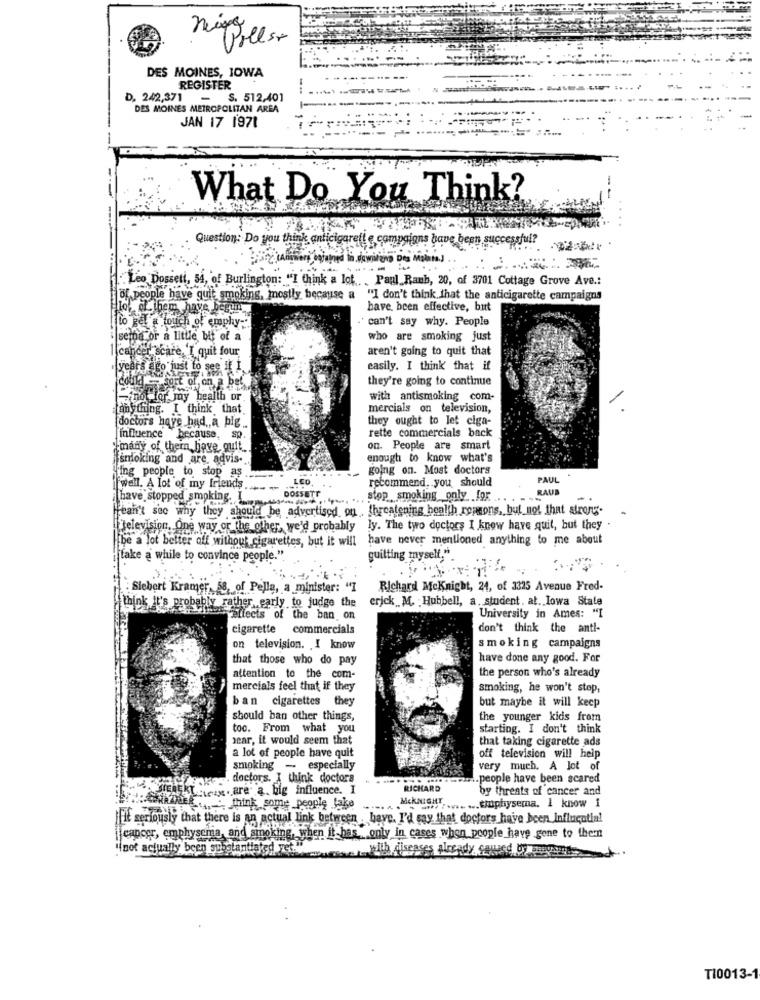
Pills+
DES MOINES, IOWA
REGISTER
D, 242,371 - S. 512,401
DES MOINES METROPOLITAN AREA
JAN 17 1971
What Do You Think?
Question: Do you think anticigarette campaigns have been successful?
.Leo Dosseti, 54, of Burlington: "I think a lot .. . Paul Raub, 20, of 3701 Cottage Grove Ave .:
of people have quit smoking, mostly because a "I don't think that the anticigarette campaigns
of them have bee
have been effective, but
to geta touch of emphy-
.' can't say why. People
I sema or a little bit of a
who are smoking just
aren't going to quit that
I cancer scare, 'I quit four
years ago just to see If I.
easily. I think that if
could - sort of, on a bet
they're going to continue
not for my health or
with antismoking com
anything. I think that.
mercials on television,
they ought to Jet ciga-
doctors have had ,, a big ..
influence because, sp.
rette commercials back
many of them have, quit ..
on. People are smart
ifsmoking and are, advis -.
enough to know what's
fing people to stop as .
going on. Most doctors
LED
recommend. you should
PAUL
well. A lot of my friends.
DOSSETT
.-..
RAUS
[have stopped smoking. I
.. stop smoking only for ...
Pean't sec why they should be advertised on threatening health romeons, but not that strong-
"television, One way or the other, we'd probably ly. The two doctors I know have quit, but they .
[be a lot better off without cigarettes, but it will have never mentioned anything to me about
take a while to convince people."
quitting myself."
Siebert Kramer 58, of Pella, a minister: "I
Richard MeKnight, 24, of 3325 Avenue Fred-
erick M. Hubbell, a. student. at. Iowa State
think it's probably rather early to judge the
fut effects of the ban on
University in Ames: "I
cigarette commercials
don't think the anti-
on television. I know
smoking campaigns
that those who do pay
have done any good. For
the person who's already
attention to the com-
mercials feel that if they
smoking, he won't stop,
ban cigarettes they
but maybe it will keep
should ban other things,
the younger kids from
too. From what you
starting. I don't think
sear, it would seem that
that taking cigarette ads
a lot of people have quit
off television will help
smoking - especially
very much. A lot of
. doctors. I think doctors
... people have been scared
HER5KL.ex .are a. big influence. I
RICHARD
by threats of cancer and
MckNIGHT.
think some people lake
-......... emphysema. I know i
fit seriously that there is an actual link between , have. I'd say that doctors have been Influcotin!
cancer, emphysema, and smoking, when it has, only in cases when people have gene to thern
"(not actually been substantiated yet.
With diseases Already caused by umysmed.
TI0013-1